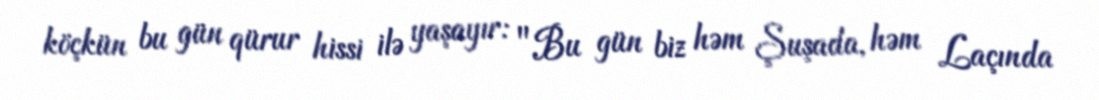
köçkün bu gün qürur hissi ilə yaşayır: "Bu gün biz həm Şuşada, həm Laçında